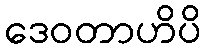
ဒေဝတာဟိပိ